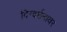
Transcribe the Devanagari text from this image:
दिग्दर्शनावर